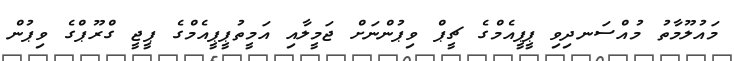
މައުލޫމާތު މުއްސަނދިވި ޕީޕީއެމްގެ ޗީޕް ވިޕުންނަށް ޖަމީލާއި އަމީތުޕީޕީއެމްގެ ޕީޖީ ގްރޫޕްގެ ވިޕުން